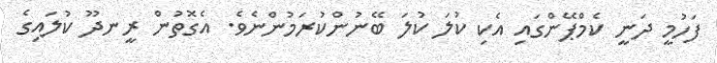
ފަހުމީ ދަނީ ކެމްޕޭންގައި އެކި ކުލަ ކުލަ ބޭނުންކުރަމުންނެވެ. އެގޮތުން ރީނދޫ ކުލައިގެ